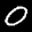
Label: 0